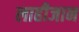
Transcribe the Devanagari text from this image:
लाहीजान